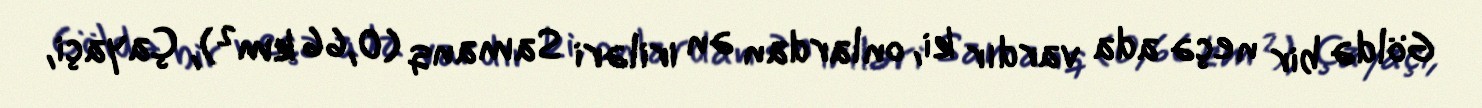
Göldə bir neçə ada vardır ki, onlardan ən iriləri Samanq (0,66 km²), Çayaçi,